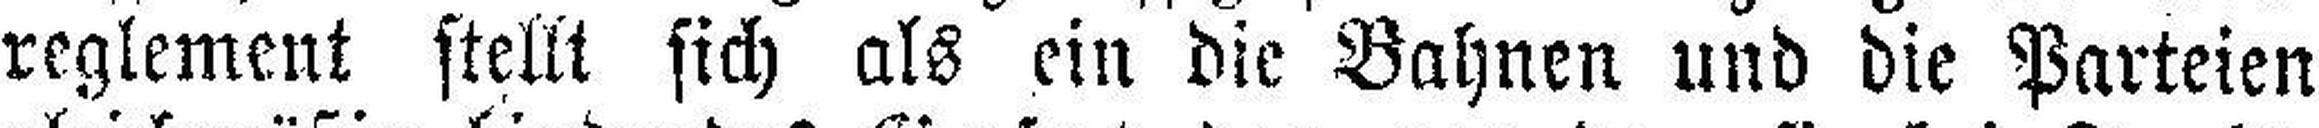
reglement stellt sich als ein die Bahnen und die Parteien